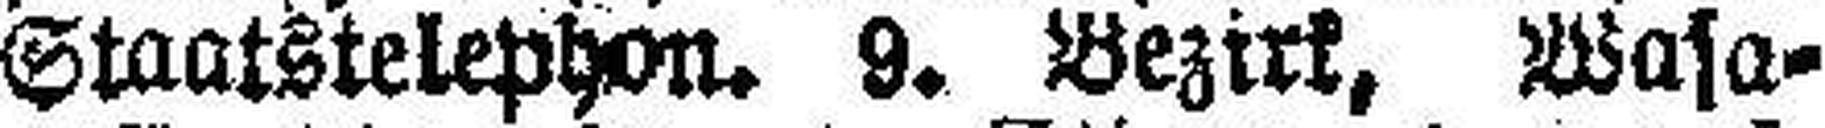
Staatstelephon. 9. Bezirk, Wasa¬